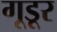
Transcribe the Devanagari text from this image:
गूडूर